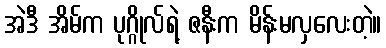
အဲဒီ အိမ်က ပုဂ္ဂိုလ်ရဲ့ ဇနီးက မိန်းမလှလေးတဲ့။